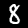
Digit: 8